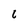
Character: 6